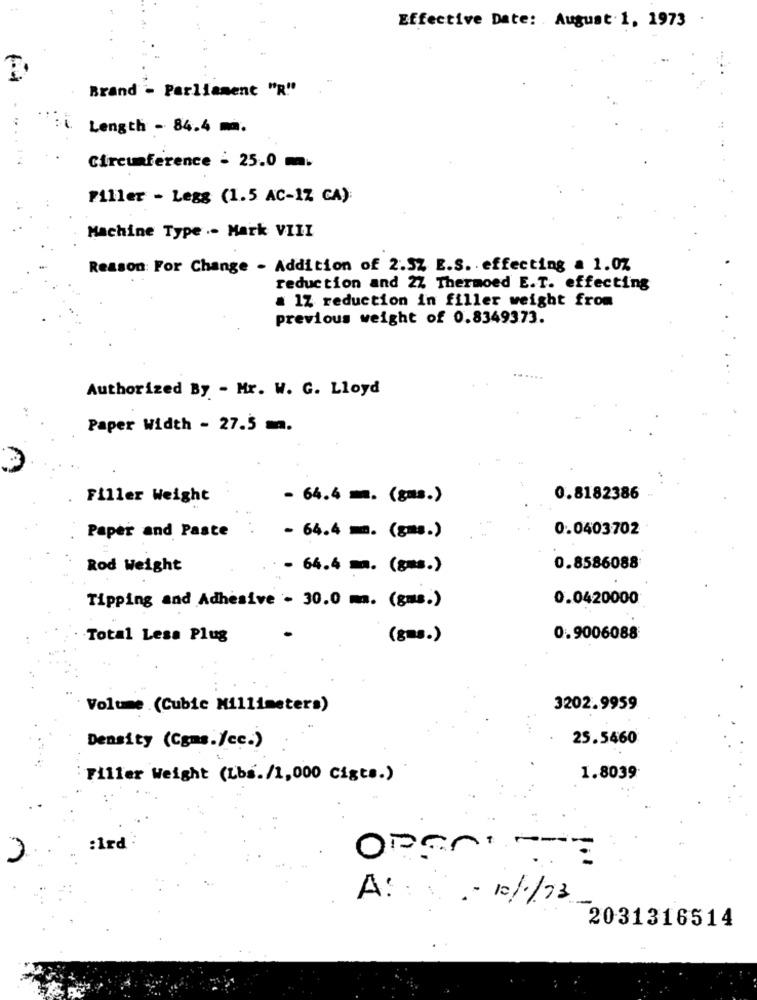
Effective Date: . August.1, 1973
Brand - Parliament "R"
Length - 84.4 ma.
1*4
Circumference : 25.0m.
Filler - Legg (1.5 AC-1Z CA):
Machine Type .- Mark VIII
Reason For Change - Addition of 2.5% E.S. effecting a 1.07
reduction and 27 Thermoed E.T. effecting
a 1Z reduction in filler weight from
previous weight of 0.8349373.
Authorized By - Mr. W. G. Lloyd
Paper Width - 27.5 m.
Filler Weight
- 64.4 m. (gas.)
0.8182386
Paper and Paste
0.0403702
- 64.4 mm. (gms.)
Rod Weight
64.4 ma. (gms.)
0.8586088
Tipping and Adhesive - 30.0 ma. (gms.)
0.0420000
Total Lesa Plug
(gas.)
0.9006088
Volume (Cubic Millimeters)
3202.9959
25.5460
Density (Cgms./cc.)
Filler Weight (Lbs./1,000 Cigts.)
1.8039
:1rd
Openit
A: - 10/1/73
2031316514